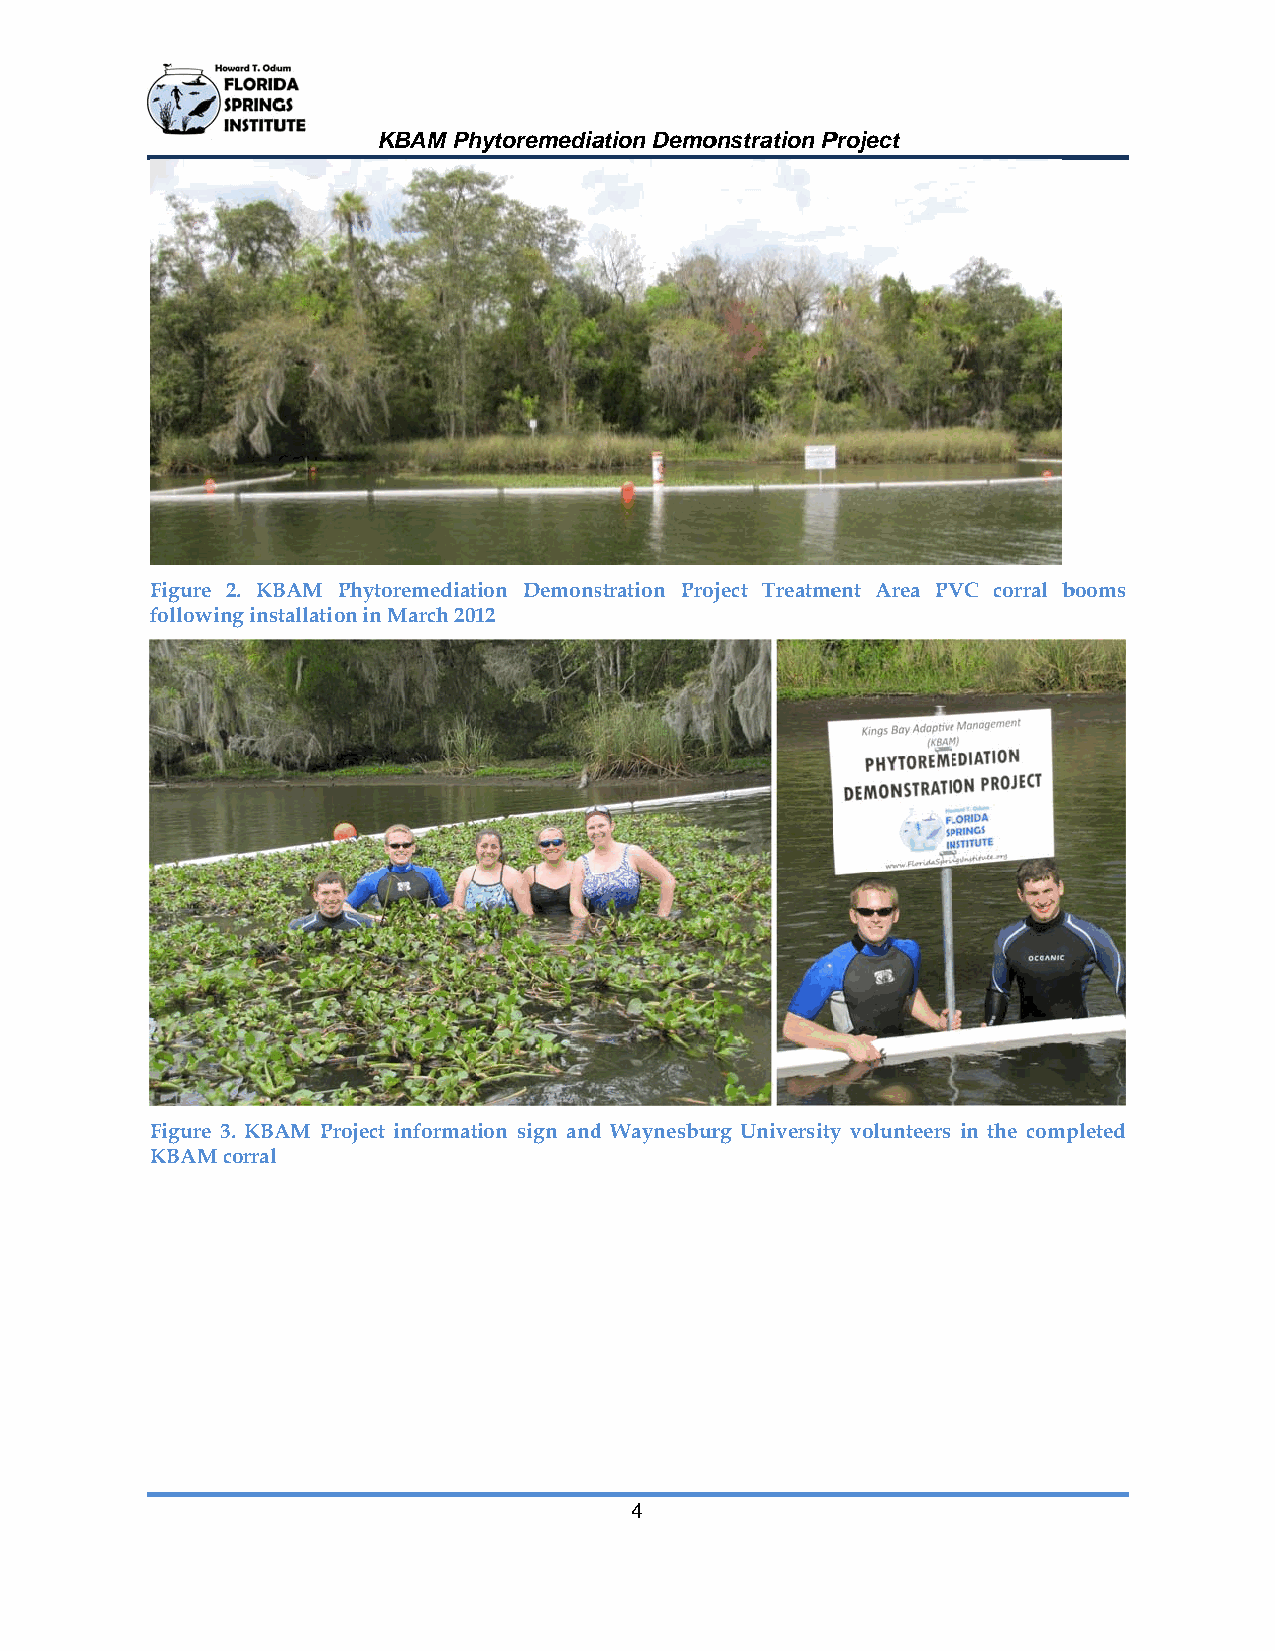
KBAM Phhytoremediaation Demoonstration PProject
 Figure 2.. KBAM Phhytoremediattion Demonsstration Projject Treatmeent Area PVVC corral bbooms
 followingg installation in March 20112
 Figure 3. KBAM Project informattion sign andd Waynesburrg Universityy volunteers in the comppleted
 KBAM coorral
 4